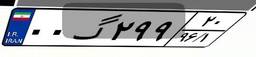
۰۰گ۲۹۹۲۰